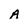
Character: A